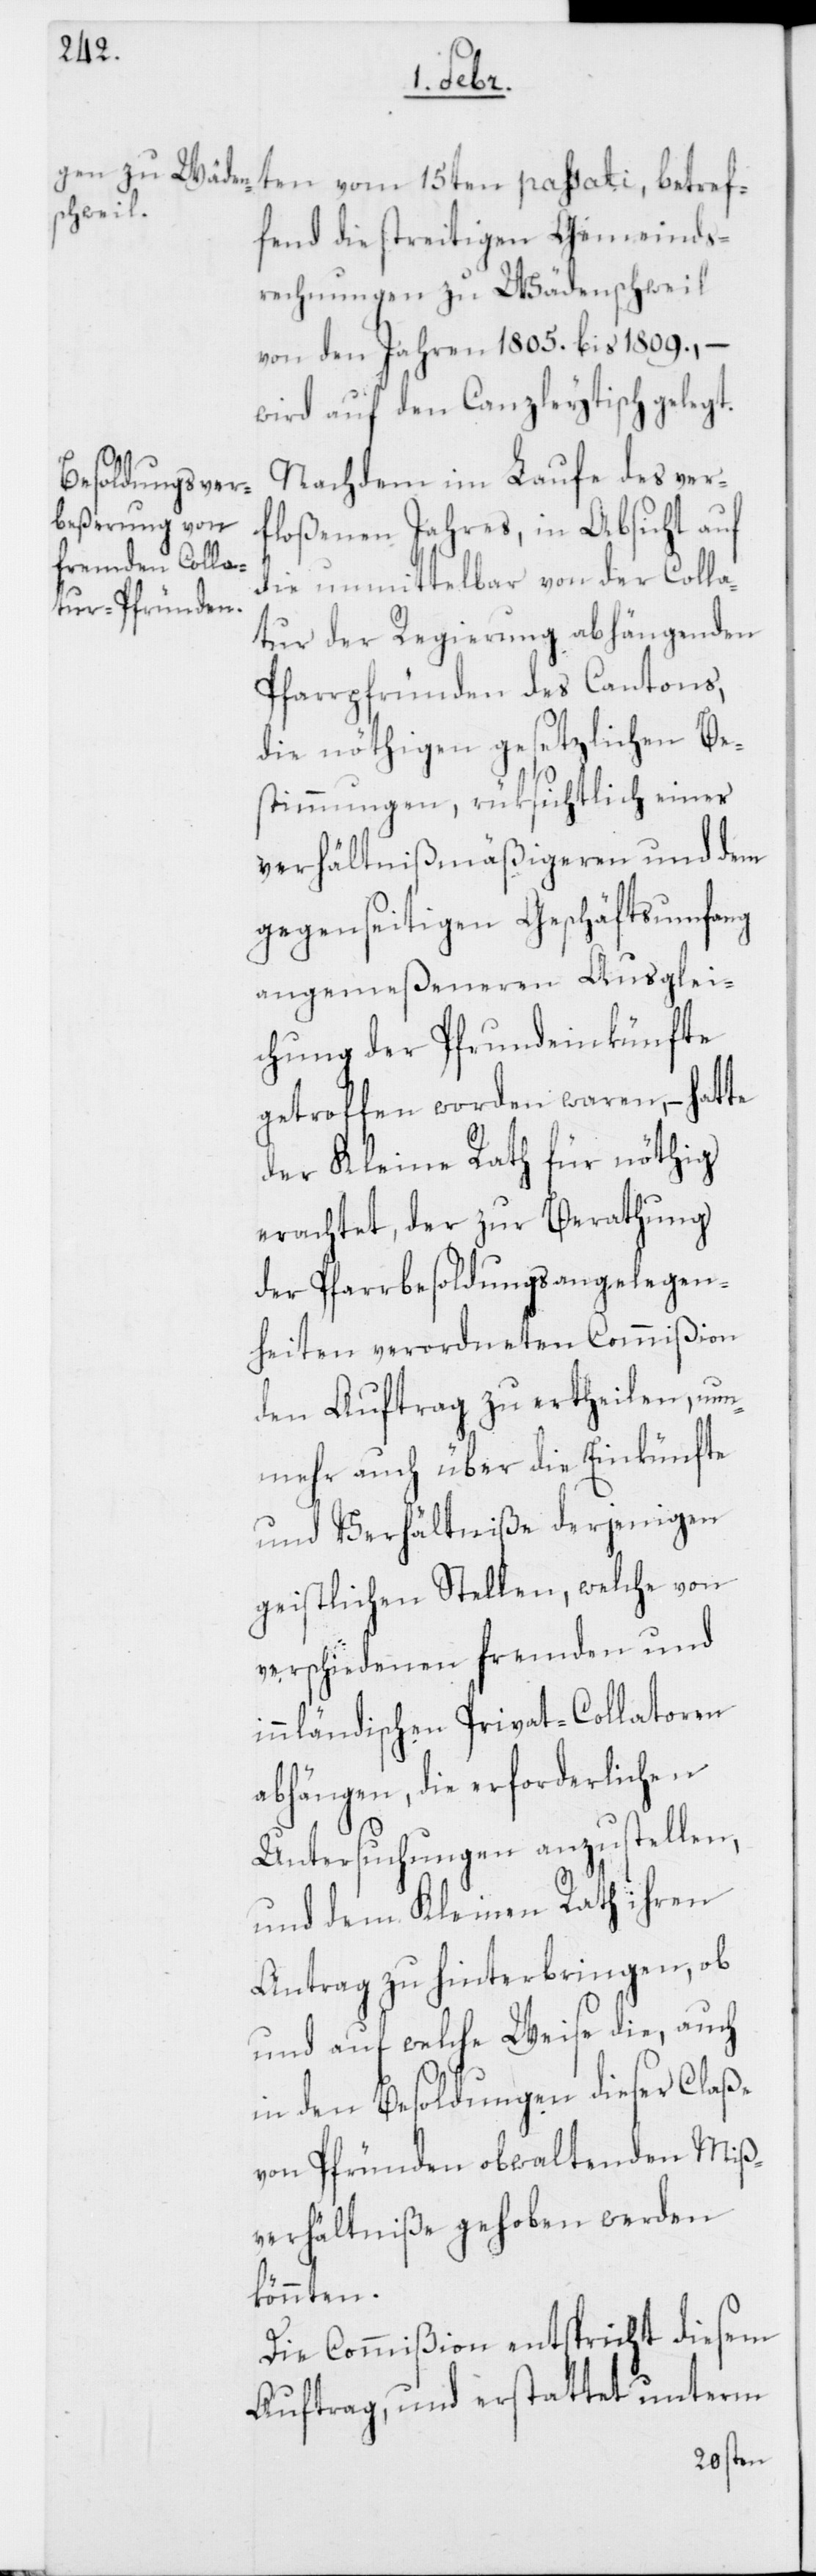
betref¬
fend die streitigen Gemeinds¬
rechnungen zu Wädenschweil
von den Jahren 1805. bis 1809., –
wird auf den Canzleytisch gelegt.
Nachdem im Laufe des ver¬
floßenen Jahres, in Absicht auf
die unmittelbar von der Colla¬
tur der Regierung abhängenden
Pfarrpfründen des Cantons,
die nöthigen gesetzlichen Be¬
stimmungen, rüksichtlich einer
verhältnißmäßigeren und dem
gegenseitigen Geschäftsumfang
angemeßeneren Ausglei¬
chung der Pfrundeinkünfte
getroffen worden waren, – hatte
der Kleine Rath für nöthig
erachtet, der zur Berathung
der Pfarrbesoldungsangelegen¬
heiten verordneten Commißion
den Auftrag zu ertheilen, nun¬
mehr auch über die Einkünfte
und Verhältniße derjenigen
geistlichen Stellen, welche von
verschiedenen fremden und
innländischen Privat-Collatoren
abhängen, die erforderlichen
Untersuchungen anzustellen,
und dem Kleinen Rath ihren
Antrag zu hinterbringen, ob
und auf welche Weise die, auch
in den Besoldungen dieser Claße
von Pfründen obwaltenden Miß¬
verhältniße gehoben werden
könnten.
Die Commißion entspricht diesem
Auftrag, und erstattet unterm